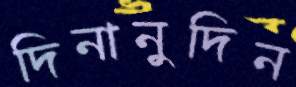
দিনানুদিন